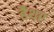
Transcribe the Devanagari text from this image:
हैथर